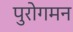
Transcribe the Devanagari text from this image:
पुरोगमन